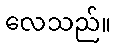
လေသည်။